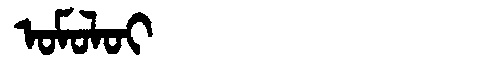
Manchu: ᠣᠮᠣᠯᠣᡳ
Romanization: OMOLOI